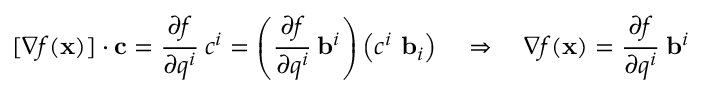
[ { \boldsymbol { \nabla } } f ( \mathbf { x } ) ] \cdot \mathbf { c } = { \cfrac { \partial f } { \partial q ^ { i } } } ~ c ^ { i } = \left( { \cfrac { \partial f } { \partial q ^ { i } } } ~ \mathbf { b } ^ { i } \right) \left( c ^ { i } ~ \mathbf { b } _ { i } \right) \quad \Rightarrow \quad { \boldsymbol { \nabla } } f ( \mathbf { x } ) = { \cfrac { \partial f } { \partial q ^ { i } } } ~ \mathbf { b } ^ { i }